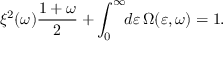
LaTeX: \xi ^ { 2 } ( \omega ) \frac { 1 + \omega } { 2 } + \int _ { 0 } ^ { \infty } \! \! d \varepsilon \, \Omega ( \varepsilon , \omega ) = 1 .